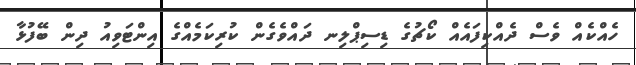
ހެއްކެއް ވެސް ދެއްކިފައެއް ކޯޗުގެ ޑިސިޕްލިނ ދައްވެގެން ކުރިކަމެއްގެ އިންޓަވިއު ދިން ބޭފުޅާ